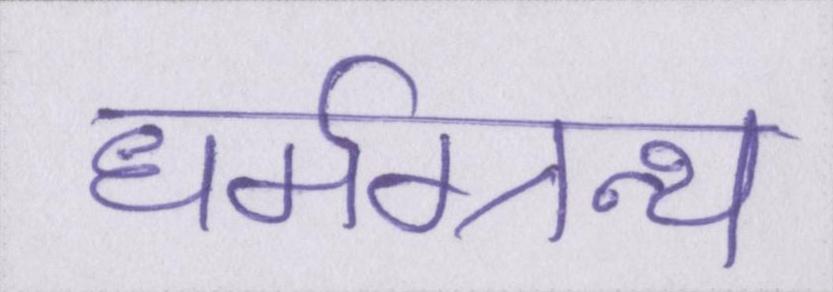
धर्मग्रन्थ